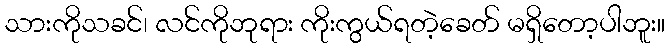
သားကိုသခင်၊ လင်ကိုဘုရား ကိုးကွယ်ရတဲ့ခေတ် မရှိတော့ပါဘူး။